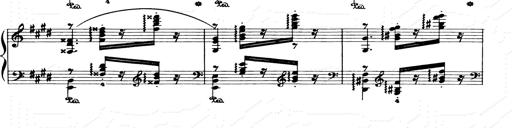
Title: Consolations and LiebestrÃ¤ume for the Piano
Composer: Franz Liszt